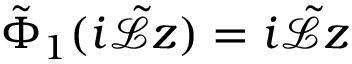
\tilde { \Phi } _ { 1 } ( i \tilde { \mathcal { L } } z ) = i \tilde { \mathcal { L } } z